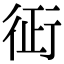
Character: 𧗪